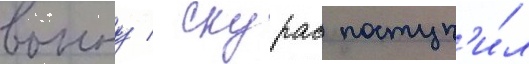
воину / скурас поступ'и́л